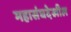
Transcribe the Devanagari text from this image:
महासंघदेखील